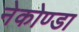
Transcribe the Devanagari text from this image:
नेकोण्डा